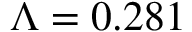
\Lambda = 0 . 2 8 1